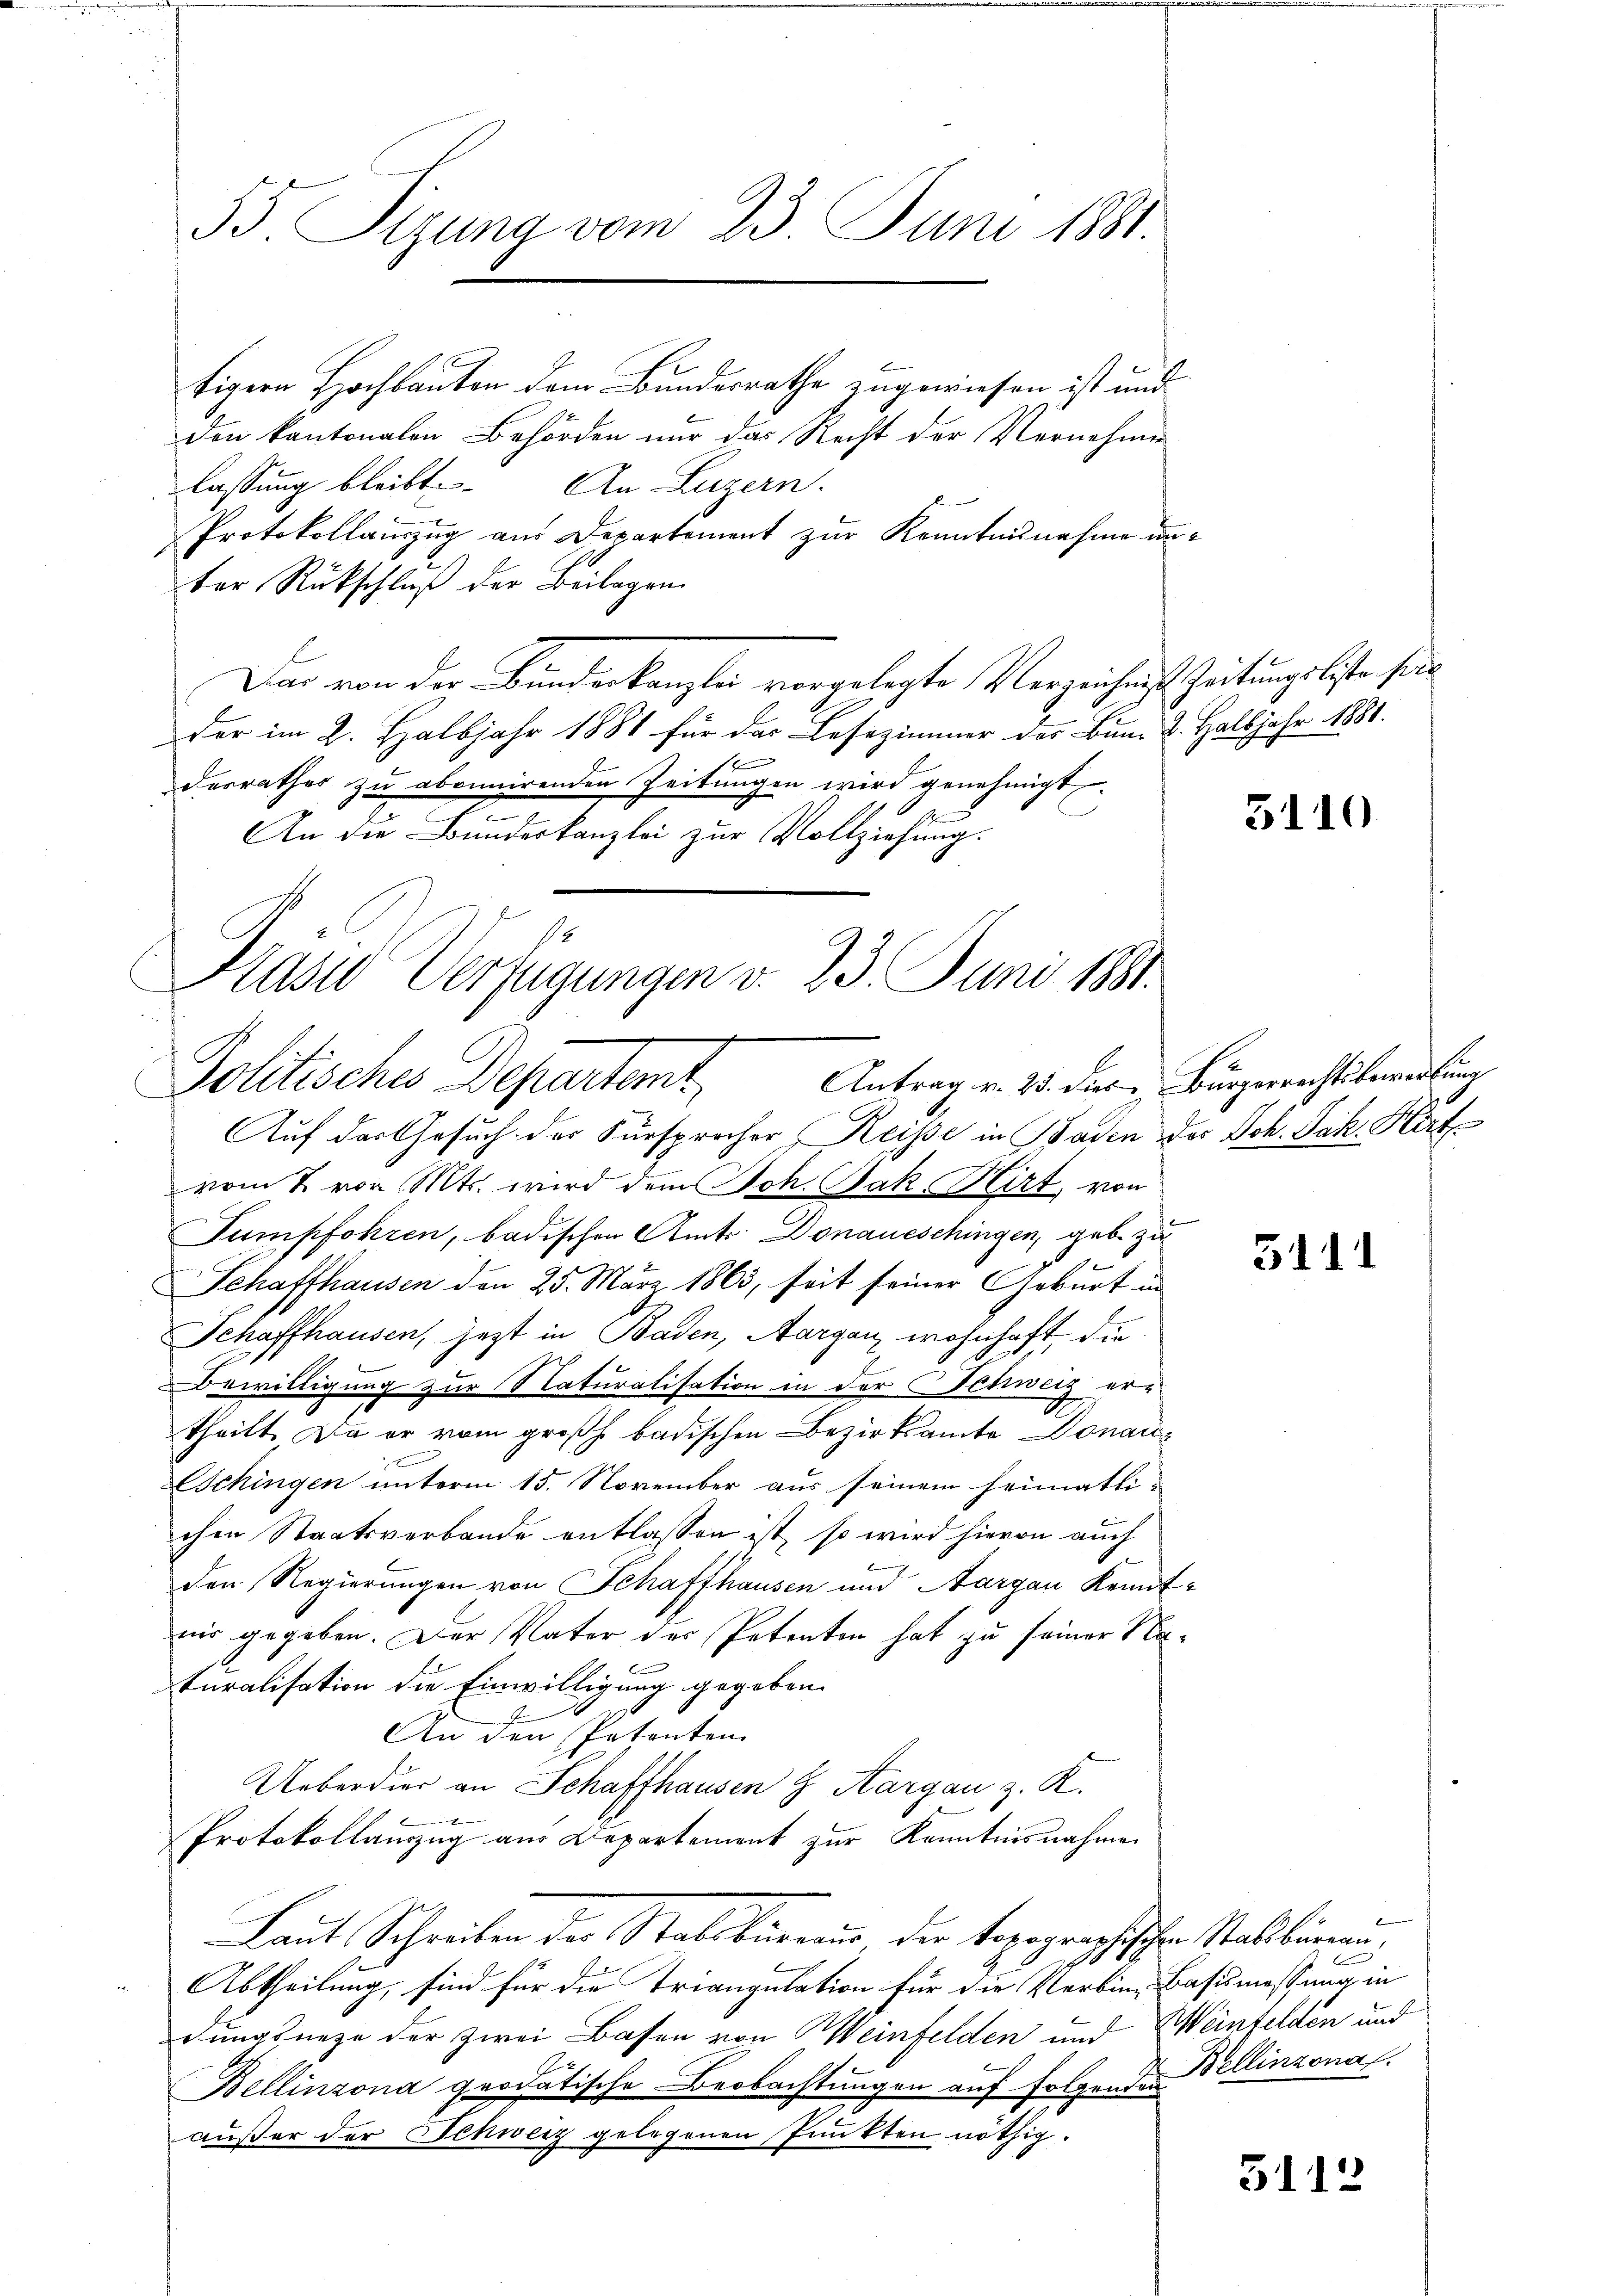
55. Pigung vom 23. Juni 1881.

tigern Hochbauten dem Bundesrathe zugewiesen ist und
den kantonalen Behörden nur das Recht der Vornehmig
lassung bleibt. An Luzern.
2
Protokollauszug aus Departement zur Kenntnisnahme unter Rückschluß der Beilagen
Dar von der Bundeskanzlei vorgelegte Verzeichnis Zeitungslisten sei
der im 2. Halbjahr 1881 für das Lesezimmer des Bum 2. Halbjahr 1881.
b
desrathes zu abonnirenden Zeitungen wird genehmigt.

.
An die Bundeskanzlei zur Vollziehung.

1
Kaser Verfügungen d. 23. Juni 1881.
Politisches Departamt Antrag v. 23. Der Bürgerichtsbeandlung

Auf der Gesuch der Fürsprocher Reise in Baden des Joh. Jak. Hirt
vom 2. vor Mts. wird dem Joh. Jak. Hirt, von
Tumpfohren, badischen Amts Donaueschingen, gebe zu
Schaffhausen den 25. März 1863, seit seiner Geburt in
Schaffhausen, jezt in Baden, Aarganz wohnhaft die
Bewilligung zur Naturalisation in der Schweiz ertheilt. Da er vom großh. badischen Bezirksamte Donau¬
Schingen unterm 15. November aus seinem heimatli-
chen Staatsverbande entlassen ist, so wird hievon auch
den Regierungen von Schaffhausen und Aargau Kenntnir gegeben. Der Vater des Petenten hat zu seiner Naturalisation die Einwilligung gegeben.
A.
An den Petenten
Ueberdier an Schaffhausen & Aargau z. K.
Protokollanzug aus Departement zur Kenntnisnahme
Laut Schreiben der Stalsbureaus der topographischen Stattbüreau,
Abtheilung, sind für die Triangulation für die Verbin-Basismessung in
dungsneze der zwei Bassen von Weinfelden und Weinfelden und
Bellinzona provatische Beobachtungen auf folgende Dellinzona.
außer der Schweiz gelegenen Punkten nöthig.

5110

5111

5112